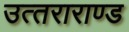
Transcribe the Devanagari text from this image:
उत्‍तराराण्‍ड